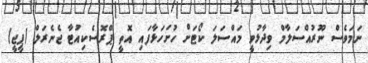
ނަމަވެސް ނޫރުއްސަލާމް ވިދާޅުވީ މައްސަލަ ކޯޓަށް ހުށަހަޅާފައި އޮތީ ޕްރޮސެކިއުޓާ ޖެނެރަލް (ޕީޖީ)